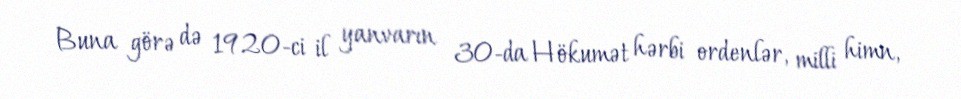
Buna görə də 1920-ci il yanvarın 30-da Hökumət hərbi ordenlər, milli himn,